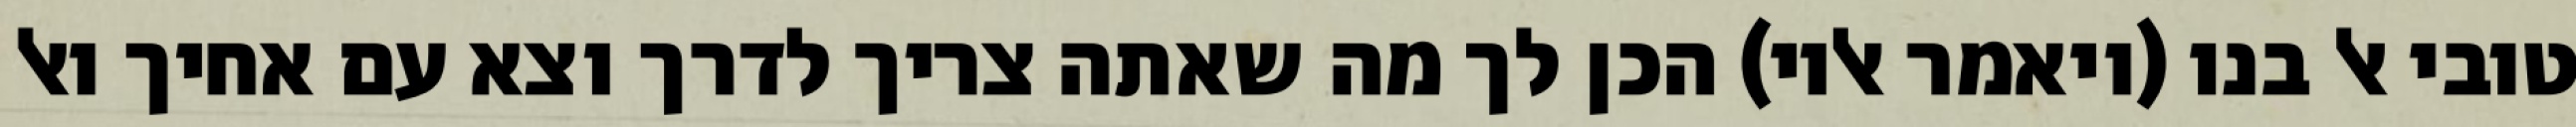
טובי אל בנו (ויאמר אליו) הכן לך מה שאתה צריך לדרך וצא עם אחיך ואל